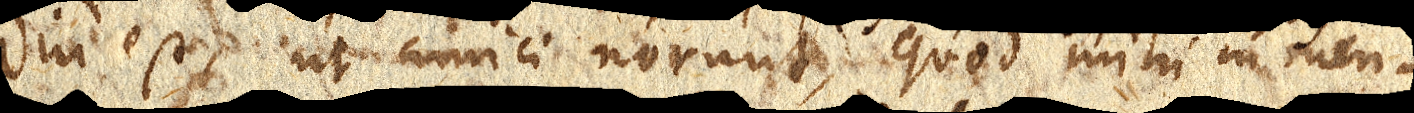
diu est, ut amici norunt, quod mihi in men–